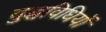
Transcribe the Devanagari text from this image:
युद्धविधियों